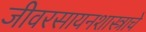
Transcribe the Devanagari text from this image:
जीवरसायनशास्त्राचे